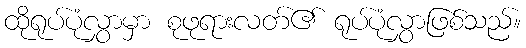
ထိုရုပ်ပုံလွှာမှာ စုဖုရားလတ်၏ ရုပ်ပုံလွှာဖြစ်သည်။